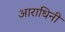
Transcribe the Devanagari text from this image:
आराधिनी